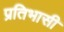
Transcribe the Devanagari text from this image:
प्रतिभासी